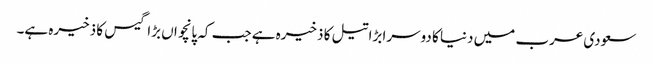
سعودی عرب میں دنیا کا دوسرا بڑا تیل کا ذخیرہ ہے جب کہ پانچواں بڑا گیس کا ذخیرہ ہے۔